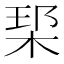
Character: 𪲑